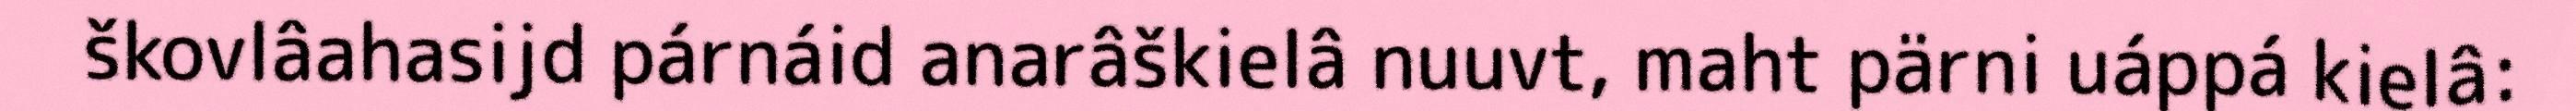
škovlâahasijd párnáid anarâškielâ nuuvt, maht pärni uáppá kielâ: